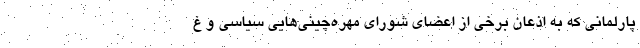
پارلمانی که به اذعان برخی از اعضای شورای مهره‌چینی‌هایی سیاسی و غ